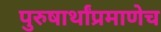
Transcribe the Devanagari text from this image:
पुरुषार्थांप्रमाणेच